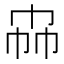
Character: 𰏗